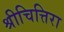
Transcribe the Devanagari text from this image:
श्रीचित्तिरा